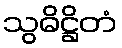
သွဓိဋ္ဌိတံ